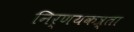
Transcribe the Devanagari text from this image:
निर्णयकत्र्ता